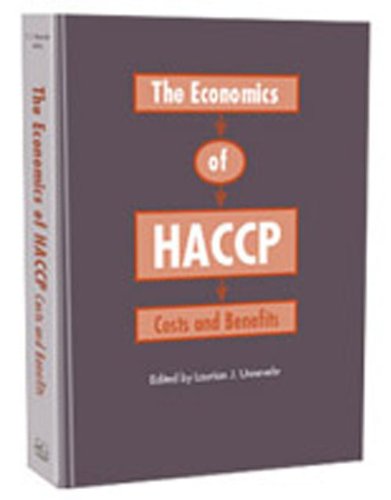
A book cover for The Economics of Haccp: Costs and Benefits; Laurian Unnevehr; Science & Math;